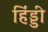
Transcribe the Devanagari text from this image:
हिंड्डी